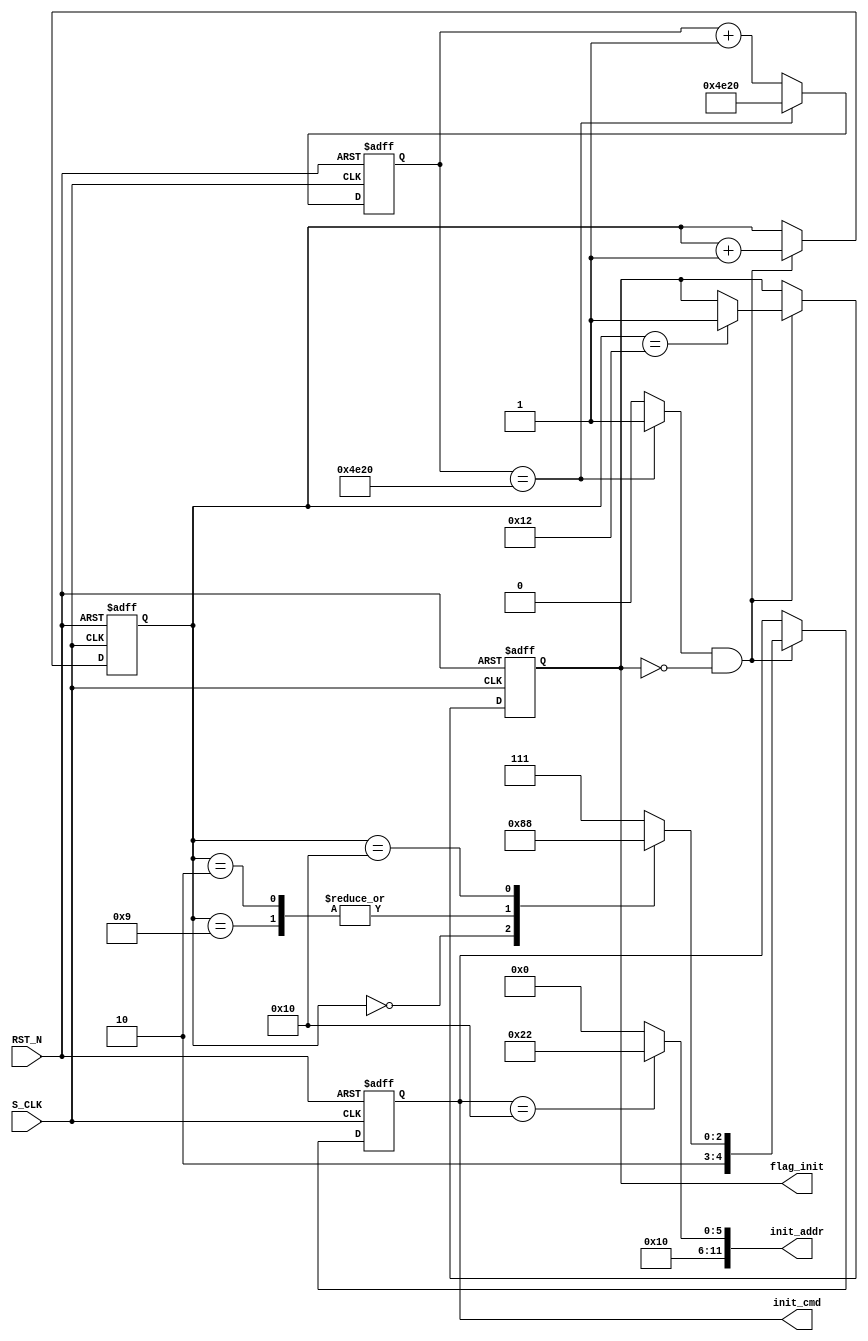
`timescale 1ns / 1ns
module SDRAM_init(
		input						S_CLK					,				//
		input						RST_N					,				//

		output	reg		[4:0]		init_cmd				,			
		output		 	[11:0]		init_addr				,

		output	reg 				flag_init								//
);
//--------------------------------------------------------
//--
//--------------------------------------------------------
reg		[15:0]		cnt_200us		;				//200us
wire				flag_200us		;				//200us
reg		[4:0]		step_cnt		;				//
//--------------------------------------------------------
//--
//--------------------------------------------------------
`define	cnt_200us_num	200_000 / 10 				//200us
//CS RAS CAS WE
localparam	MRS = 5'B10000	,NOP = 5'B10111 ,	PREC = 5'B10010	,AREF = 5'B10001;


//--------------------------------------------------------
//--200us
//--------------------------------------------------------
always@(posedge S_CLK or negedge RST_N)begin
	if(!RST_N)	begin
		cnt_200us <= 'b0;
	end
	else begin
		if(cnt_200us == `cnt_200us_num)	begin
			cnt_200us 	<= `cnt_200us_num ;
		end
		else begin
			cnt_200us <= cnt_200us + 1'b1 ;
		end
	end
end
//--
assign	flag_200us = (cnt_200us == `cnt_200us_num) ? 1'b1 : 1'b0 ;
//--------------------------------------------------------
//--
//--------------------------------------------------------
always@(posedge S_CLK or negedge RST_N) begin
	if(!RST_N)	begin
		init_cmd <= NOP ;
		step_cnt <= 'b0 ;
		flag_init <= 'b0 ;
	end
	else	begin
		if(flag_200us && !flag_init) begin
			case(step_cnt)
				0 :begin
					init_cmd <= PREC ;
				end
				2 ,9:begin
					init_cmd <= AREF ;
				end
				16 :begin
					init_cmd <= MRS ;
				end
				18 :begin
					flag_init <= 1'b1 ;
					init_cmd <= NOP ;
				end
				default :begin
					init_cmd <= NOP ;
				end
			endcase
			step_cnt <= step_cnt + 1'b1 ;
		end
	end
end
//
assign init_addr = (init_cmd == MRS) ? 12'b0100_0010_0010 : 12'b0100_0000_0000 ;



endmodule